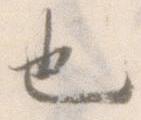
也